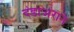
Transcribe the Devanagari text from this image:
दंडाअराने